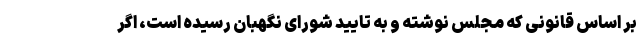
بر اساس قانونی که مجلس نوشته و به تایید شورای نگهبان رسیده است، اگر